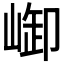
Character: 𪩆